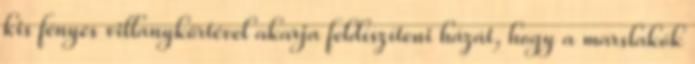
kis fényes villanykörtével akarja feldíszíteni házát, hogy a marslakók